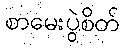
စာမေးပွဲစိတ်